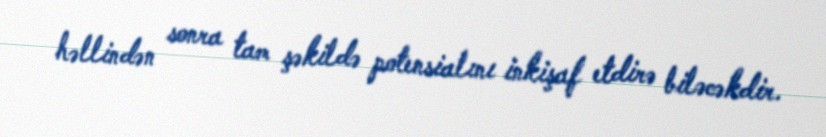
həllindən sonra tam şəkildə potensialını inkişaf etdirə biləcəkdir.